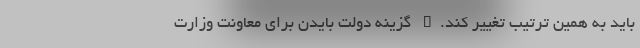
باید به همین ترتیب تغییر کند." گزینه دولت بایدن برای معاونت وزارت